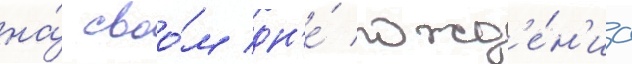
на́ своо́м дн'е́ рожд'е́н'иа